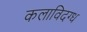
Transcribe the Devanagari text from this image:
कलाविदग्ध